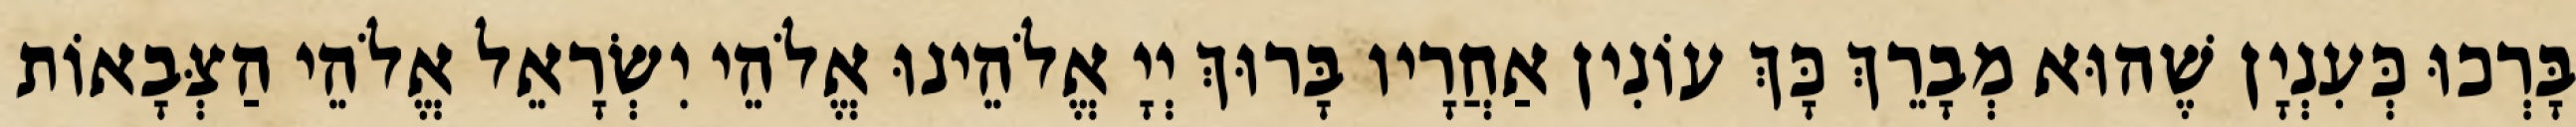
בָּרְכוּ כְּעִנְיָן שֶׁהוּא מְבָרֵךְ כָּךְ עוֹנִין אַחֲרָיו בָּרוּךְ יְיָ אֱלֹהֵינוּ אֱלֹהֵי יִשְׂרָאֵל אֱלֹהֵי הַצְּבָאוֹת